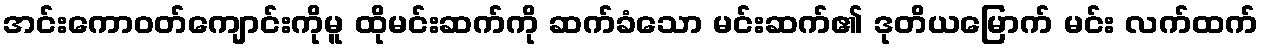
အင်းကောဝတ်ကျောင်းကိုမူ ထိုမင်းဆက်ကို ဆက်ခံသော မင်းဆက်၏ ဒုတိယမြောက် မင်း လက်ထက်